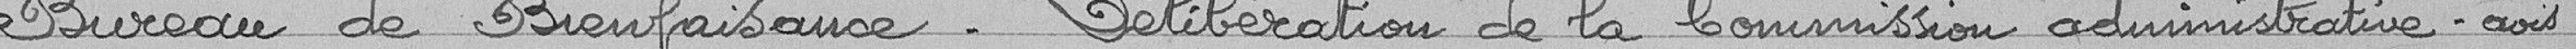
Bureau de Bienfaisance - Délibération de la Commission administrative - avis